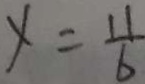
y = \frac { 1 1 } { 6 }